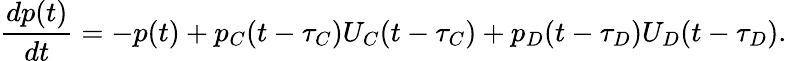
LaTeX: \frac{dp(t)}{dt}=-p(t)+p_{C}(t-\tau_{C})U_{C}(t-\tau_{C})+p_{D}(t-\tau_{D})U_{D}(t-\tau_{D}).